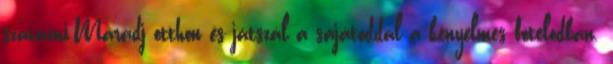
szavazni.Maradj otthon és játszál a sajátoddal a kényelmes fotelodban.